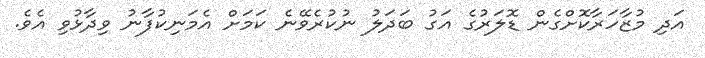
އަދި މުޒާހަރާކޮށްގެން ޑޮލަރުގެ އަގު ބަދަލު ނުކުރެވޭނެ ކަމަށް އެމަނިކުފާނު ވިދާޅުވި އެވެ.